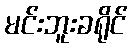
မင်းဘူးခရိုင်